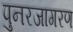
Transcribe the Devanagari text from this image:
पुनरजागरण